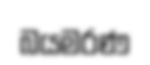
බයමරණ